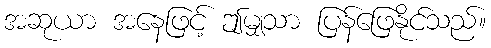
အဆုယာ အနေဖြင့် ဤမျှသာ ပြန်ဖြေနိုင်သည်။